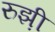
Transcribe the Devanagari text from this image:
रुझ़ी